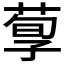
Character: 𱽸